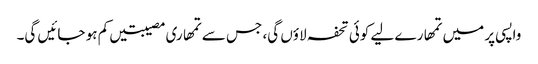
واپسی پر میں تمھارے لیے کوئی تحفہ لاؤں گی، جس سے تمھاری مصیبتیں کم ہو جائیں گی۔